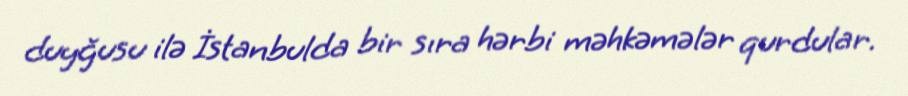
duyğusu ilə İstanbulda bir sıra hərbi məhkəmələr qurdular.